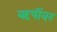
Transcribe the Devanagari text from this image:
ऋषींवर